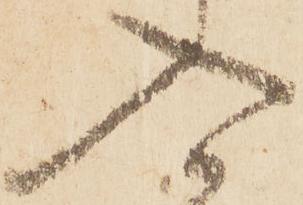
入